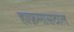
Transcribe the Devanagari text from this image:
हाफ़मासठाल